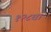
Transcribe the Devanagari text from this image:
१२८वां